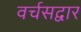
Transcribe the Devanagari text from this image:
वर्चसद्वार